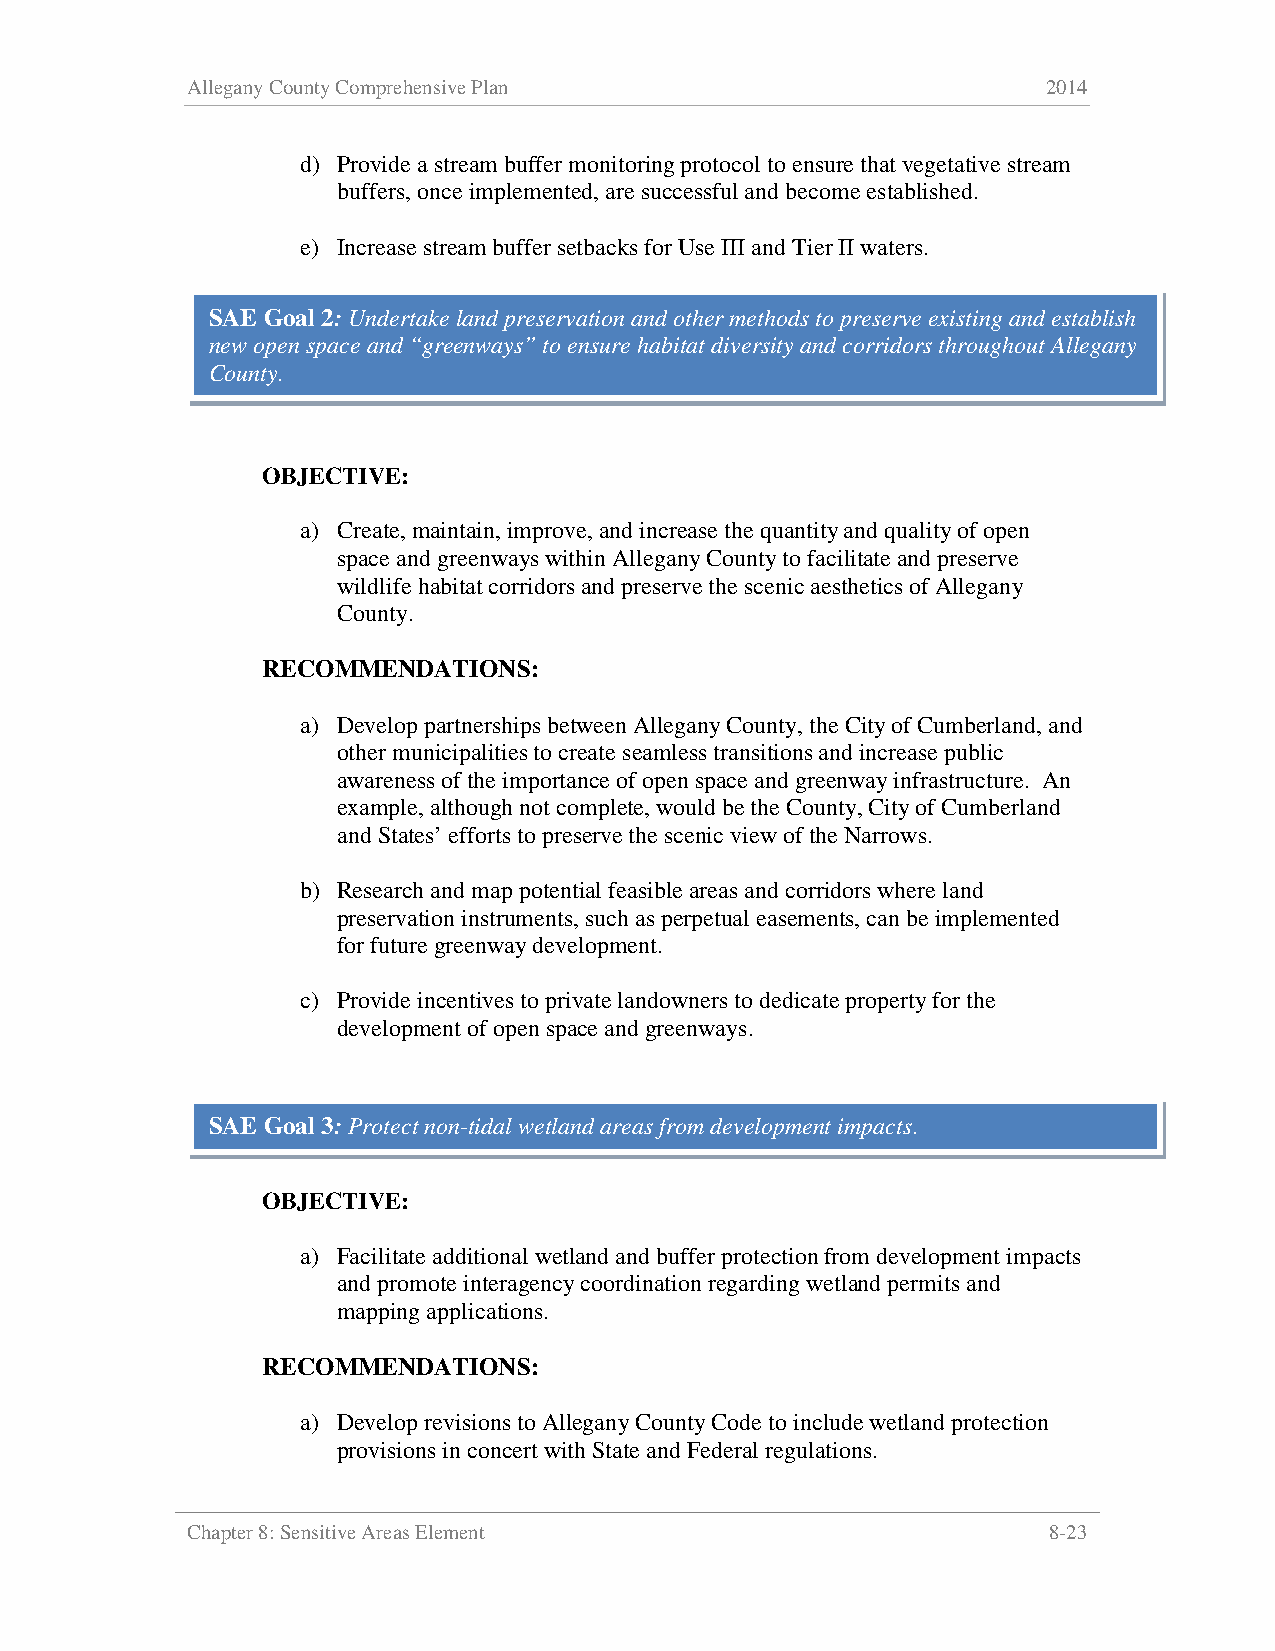
Allegany County Comprehensive Plan                       2014
 d) Provide a stream buffer monitoring protocol to ensure that vegetative stream
 buffers, once implemented, are successful and become established.
 e) Increase stream buffer setbacks for Use III and Tier II waters.
 SAE Goal 2: Undertake land preservation and other methods to preserve existing and establish
 new open space and “greenways” to ensure habitat diversity and corridors throughout Allegany
 County.
 OBJECTIVE:
 a) Create, maintain, improve, and increase the quantity and quality of open
 space and greenways within Allegany County to facilitate and preserve
 wildlife habitat corridors and preserve the scenic aesthetics of Allegany
 County.
 RECOMMENDATIONS:
 a) Develop partnerships between Allegany County, the City of Cumberland, and
 other municipalities to create seamless transitions and increase public
 awareness of the importance of open space and greenway infrastructure. An
 example, although not complete, would be the County, City of Cumberland
 and States’ efforts to preserve the scenic view of the Narrows.
 b) Research and map potential feasible areas and corridors where land
 preservation instruments, such as perpetual easements, can be implemented
 for future greenway development.
 c) Provide incentives to private landowners to dedicate property for the
 development of open space and greenways.
 SAE Goal 3: Protect non-tidal wetland areas from development impacts.
 OBJECTIVE:
 a) Facilitate additional wetland and buffer protection from development impacts
 and promote interagency coordination regarding wetland permits and
 mapping applications.
 RECOMMENDATIONS:
 a) Develop revisions to Allegany County Code to include wetland protection
 provisions in concert with State and Federal regulations.
 Chapter 8: Sensitive Areas Element                       8-23